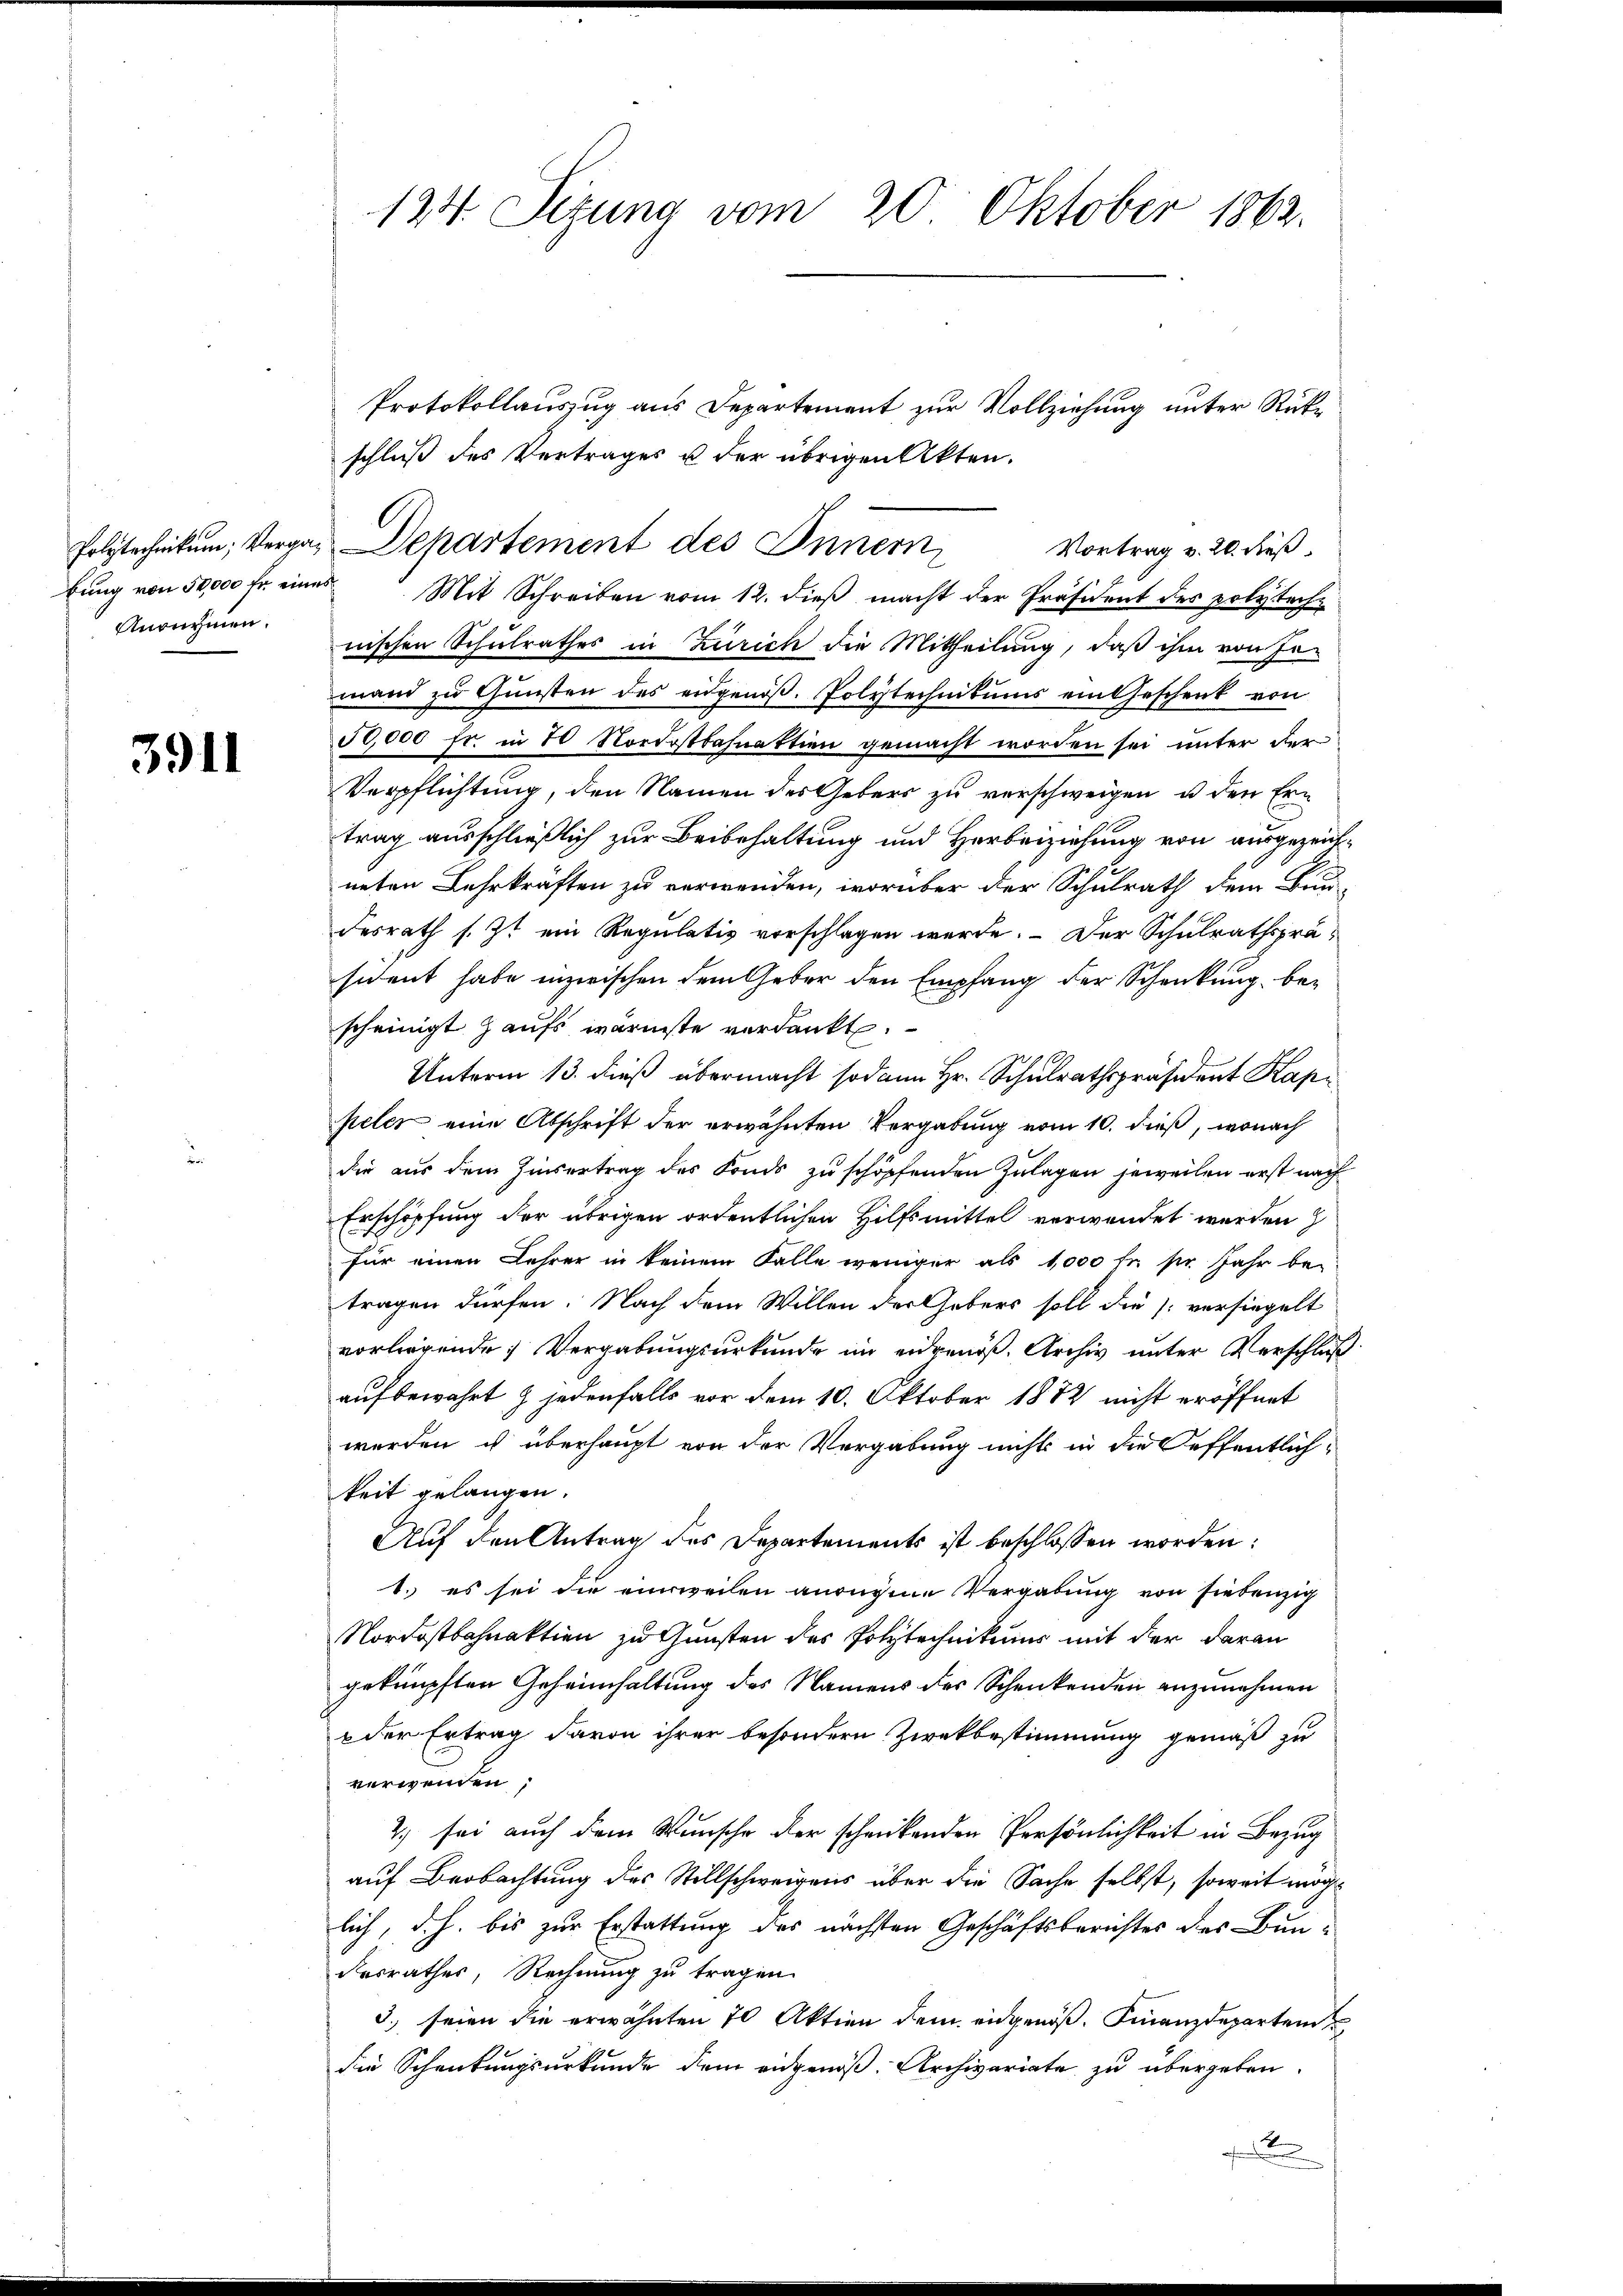
bung von 50,000 fr. eines
Anonymen.

3911

124. Sizung vom 20. Oktober 1862.

Polytechnikum, Vergan Departement des Innern

Protokollauszug aus Departement zur Vollziehung unter Rükschluß des Vertrages u der übrigen Akten.
Mit Schreiben vom 12. dieß macht der Präsident der polyteche
nischen Schulrathes in Zürich die Mittheilung, daß ihm von In-
mand zu Gunsten des eidgenöß. Polytechnikums ein Geschenk von
50,000 fr. in 20 Nordostbahnaktien gemacht worden sei unter der
Verpflichtung, den Namen des Gebers zu verschweigen, u den Ertrag ausschließlich zur Beibehaltung und Herbeiziehung von ausgezeichneten Lehrkraften zu verwenden, worüber der Schulrath dem Bun-
desrath s. Zt. ein Regulativ vorschlagen werde. – Der Schulrathspräsichent habe inzwischen dem Geber den Empfang der Schenkung bescheinigt zaufs wärmste verdankt.
Unterm 13. dieß übermacht sodann Hr. Schulrathspräsident Kapi
peler eine Abschrift der erwähnten Vergabung vom 10. dieß, wonach
die aus dem Zinsertrag des Fonds zu schöpfenden Zulagen jeweilen erst nach
Erschöpfung der übrigen ordentlichen Hilfsmittel verwendet werden
für einen Lehrer in keinem Falle weniger als 1000 fr. pr. Jahr be-
tragen dürfen. Nach dem Willen der Gebers soll die versiegelt
vorliegende Vergabungsurkunde im eidgenöß. Archiv unter Verschluß
aufbewahrt & jedenfalls vor dem 10. Oktober 1882 nicht eröffnet
werden ist überhaupt von der Vergabung nichts in die Oeffentlich-
keit gelangen.
Auf den Antrag des Departements ist beschlossen worden:
1. es sei die einweilen anregene Vergabung von siebenzig
Nordostbahnaktion zu Gunsten des Polytechnikums mit der daran
geknüpften Geheimhaltung des Namens des Schenkenden anzunehmen
eder Ertrag davon ihrer besondern Zwekbestimmung gemäß zu
verwenden;
2) sei auch dem Wunsche der schenkenden Persönlichkeit in Bezug
auf Beobachtung des Stillschweigens über die Sache selbst, soweit möglich, d.h. bis zur Erstattung des nächsten Geschäftsberichtes des Bundesrathes, Rechnung zu tragen.
3.) seien die erwähnten 70 Aktien dem eidgenöß. Finanzdeparten
die Schenkungsurkunde dem angenoß. Archivariate zu übergeben.

Vortrag v. 20. dieß